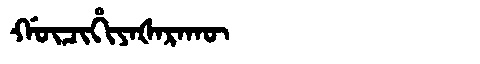
Manchu: ᡤᡡᠴᡳᡥᡳᠶᠠᡧᠠᡵᠠᡴᡡ
Romanization: GŪCIHIYAŠARAKŪ